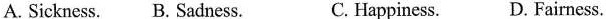
A. Sickness. B. Sadness. C. Happiness. D. Fairness.